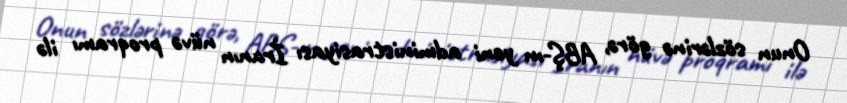
Onun sözlərinə görə, ABŞ-ın yeni administrasiyası İranın nüvə proqramı ilə